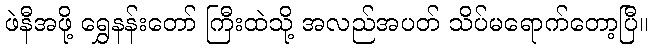
ဖဲနီအဖို့ ရွှေနန်းတော် ကြီးထဲသို့ အလည်အပတ် သိပ်မရောက်တော့ပြီ။